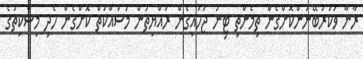
ރާނާ ވަކަރުބޭނުންކޮށްގެން ތިމެންތި ޓިނު ޖަހައިގެން ރައްޔިތުން މަސައްކަތް ކޮށްގެން ހެދި މިސްކިތުގެ